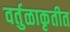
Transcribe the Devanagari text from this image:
वर्तुळाकृतीत